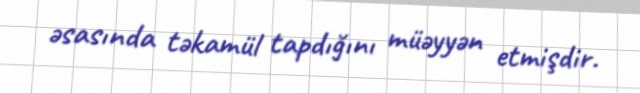
əsasında təkamül tapdığını müəyyən etmişdir.